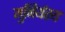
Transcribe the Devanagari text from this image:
मुनिर्यस्य